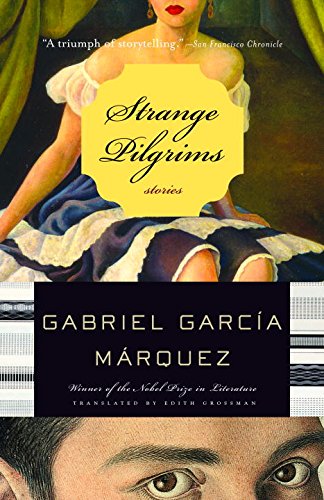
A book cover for Strange Pilgrims; Gabriel GarcÃ­a MÃ¡rquez; Literature & Fiction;